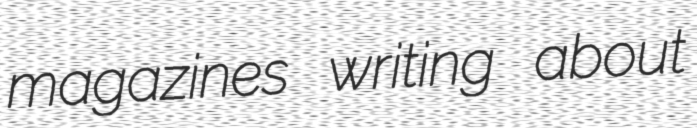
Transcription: magazines writing about